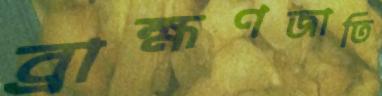
ব্রাহ্মণজাতি